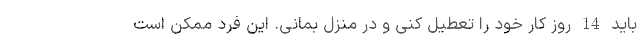
باید 14 روز کار خود را تعطیل کنی و در منزل بمانی. این فرد ممکن است